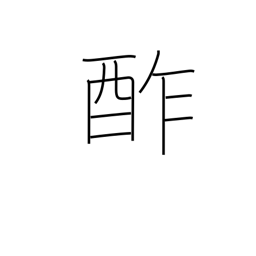
Meaning: sour